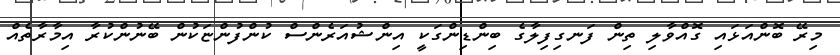
މިރޭ ބޮންއަޅައި ގޮއްވާލި ތިން ފަނގިފިލާގެ ބިންޑިންގަކީ އިންޝުއަރެންސް ކުންފުންޏަކުން ބޭނުންކުރާ އިމާރާތެއް